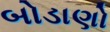
બોડાણો